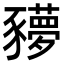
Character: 𧲍